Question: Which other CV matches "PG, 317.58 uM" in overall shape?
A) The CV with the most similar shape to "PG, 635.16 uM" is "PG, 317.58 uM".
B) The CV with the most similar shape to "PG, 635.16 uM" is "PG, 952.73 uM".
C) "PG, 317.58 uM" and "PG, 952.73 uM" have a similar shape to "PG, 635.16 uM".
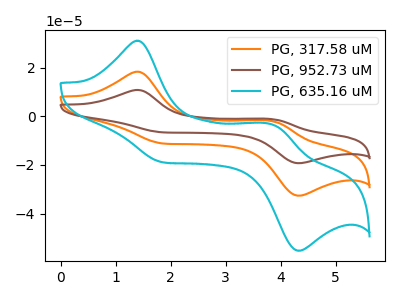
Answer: <think>The orange curve "PG, 317.58 uM" has anodic peaks at (1.40V, 18.35uA) (3.85V, -1.95uA) and cathodic peaks at (1.90V, -11.25uA) (4.35V, -32.65uA). The brown curve "PG, 952.73 uM" has anodic peaks at (1.40V, 36.70uA) (3.85V, -3.95uA) and cathodic peaks at (1.90V, -22.50uA) (4.35V, -65.25uA). The cyan curve "PG, 635.16 uM" has anodic peaks at (1.40V, 31.05uA) (3.85V, -3.35uA) and cathodic peaks at (1.90V, -19.05uA) (4.35V, -55.25uA).
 All the peaks in "PG, 317.58 uM" have a peak in "PG, 952.73 uM" at the same potential. All the peaks in "PG, 317.58 uM" have a peak in "PG, 635.16 uM" at the same potential. All the peaks in "PG, 952.73 uM" have a peak in "PG, 635.16 uM" at the same potential.</think>
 <answer>C) "PG, 317.58 uM" and "PG, 952.73 uM" have a similar shape to "PG, 635.16 uM".</answer>
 <eval>C</eval>